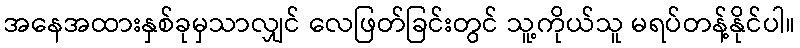
အနေအထားနှစ်ခုမှသာလျှင် လေဖြတ်ခြင်းတွင် သူ့ကိုယ်သူ မရပ်တန့်နိုင်ပါ။